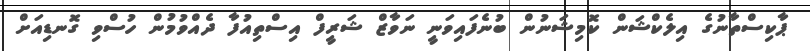
ޕާކިސްތާނުގެ އިލެކްޝަން ކޮމިޝަނުން ބުނެފައިވަނީ ނަވާޒް ޝަރީފް އިސްތިއުފާ ދެއްވުމުން ހުސްވި ގޮނޑިއަށް